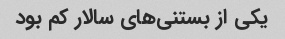
یکی از بستنی‌های سالار کم بود